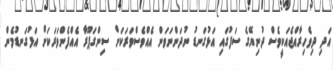
އަދި ދިވެހިރާއްޖެއަކީވެސް ދުނިޔޭގެ ސަފުގައި އަޅުގަނޑު ނުދަންނަވަން އެއްވެސްވަރަކަށް ސިންގަޕޫރާ އެއްފެންވަރަކަށް އަޅުގަނޑުމެން